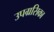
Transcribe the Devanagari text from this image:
उपग्रसिका